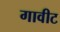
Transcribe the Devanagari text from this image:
गावीट